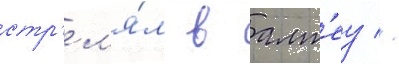
стр'ел'я́л в алт'еу //